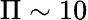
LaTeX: \Pi\sim 10